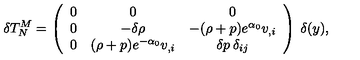
\delta T _ { N } ^ { M } = \left( \begin{array} { c c c } { 0 } & { 0 } & { 0 } \\ { 0 } & { - \delta \rho } & { - ( \rho + p ) e ^ { \alpha _ { 0 } } v _ { , i } } \\ { 0 } & { ( \rho + p ) e ^ { - \alpha _ { 0 } } v _ { , i } } & { \delta p \: \delta _ { i j } } \\ \end{array} \right) \: \delta ( y ) ,